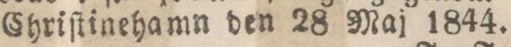
Chriſtinehamn den 28 Maj 1844.